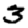
Digit: 3